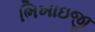
ભિખાઇજી